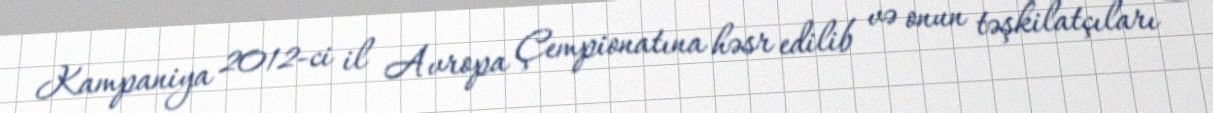
Kampaniya 2012-ci il Avropa Çempionatına həsr edilib və onun təşkilatçıları